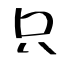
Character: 只